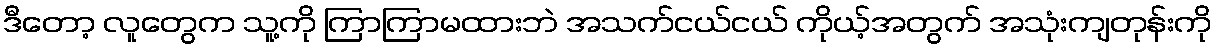
ဒီတော့ လူတွေက သူ့ကို ကြာကြာမထားဘဲ အသက်ငယ်ငယ် ကိုယ့်အတွက် အသုံးကျတုန်းကို